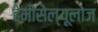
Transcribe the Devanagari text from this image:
हेमीसेल्यूलोज